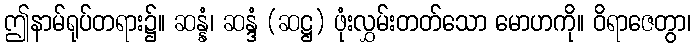
ဤနာမ်ရုပ်တရား၌။ ဆန္နံ၊ ဆန္ဒံ (ဆဋ္ဌ) ဖုံးလွှမ်းတတ်သော မောဟကို။ ဝိရာဇေတွာ၊